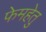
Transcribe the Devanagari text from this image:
फेमहेतु